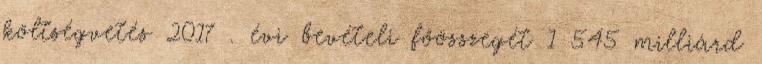
költségvetés 2017 . évi bevételi főösszegét 1 545 milliárd